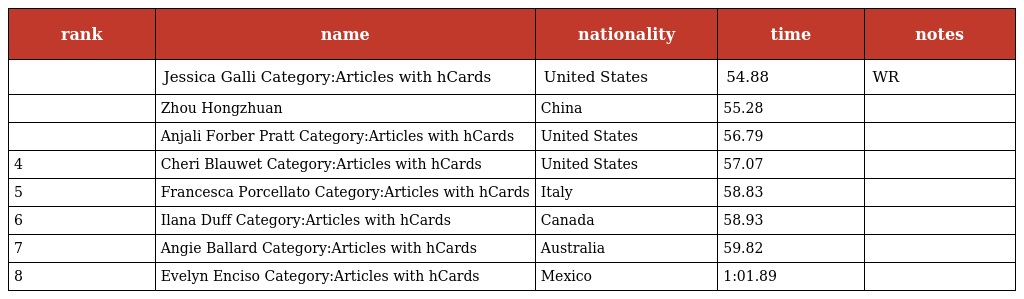
| rank | name | nationality | time | notes |
 | --- | --- | --- | --- | --- |
 |  | Jessica Galli Category:Articles with hCards | United States | 54.88 | WR |
 |  | Zhou Hongzhuan | China | 55.28 |  |
 |  | Anjali Forber Pratt Category:Articles with hCards | United States | 56.79 |  |
 | 4 | Cheri Blauwet Category:Articles with hCards | United States | 57.07 |  |
 | 5 | Francesca Porcellato Category:Articles with hCards | Italy | 58.83 |  |
 | 6 | Ilana Duff Category:Articles with hCards | Canada | 58.93 |  |
 | 7 | Angie Ballard Category:Articles with hCards | Australia | 59.82 |  |
 | 8 | Evelyn Enciso Category:Articles with hCards | Mexico | 1:01.89 |  |